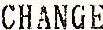
CHANGE